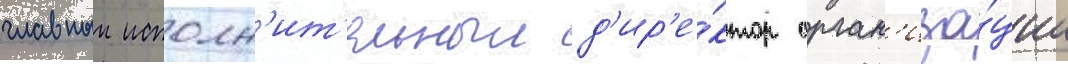
главныи исполн'ит'ельныи д'ир'е́ктор орган'иза́ции